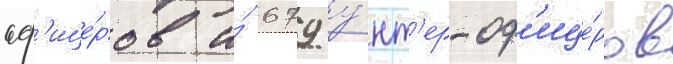
оф'ице́ров и́ 679 у́нт'ер-оф'ице́ров